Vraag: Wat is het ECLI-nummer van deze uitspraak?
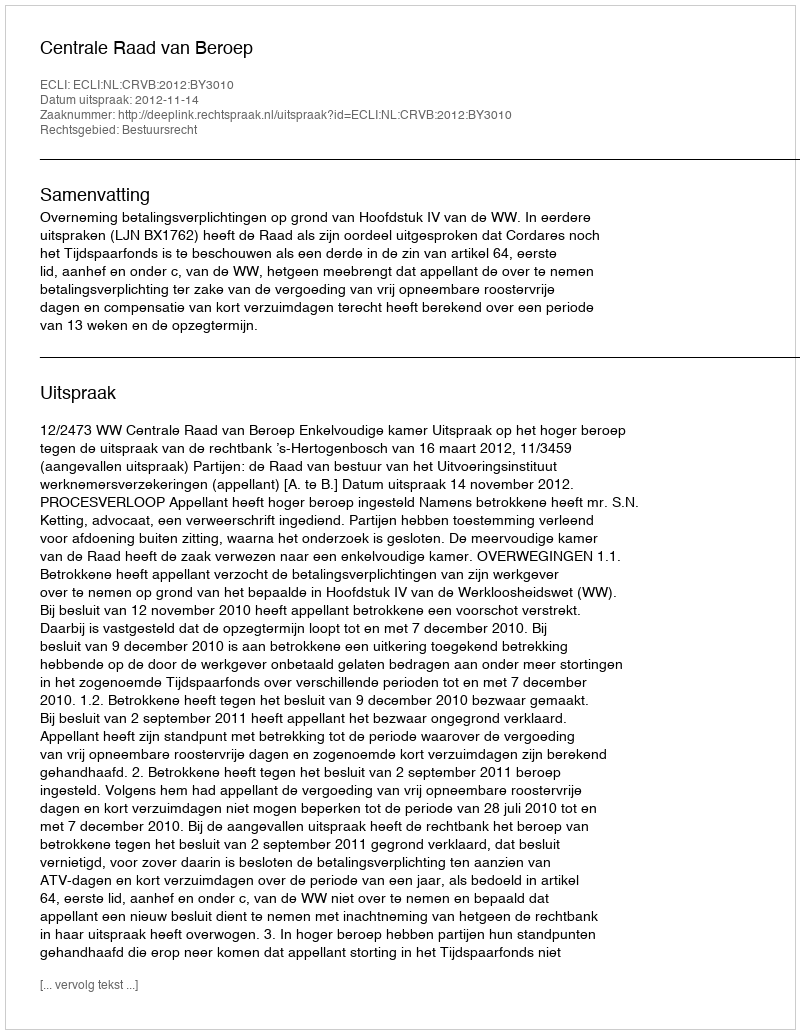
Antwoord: ECLI:NL:CRVB:2012:BY3010